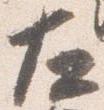
左